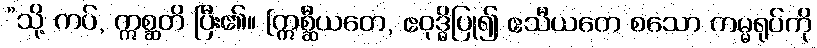
”သို့ ကပ်, ဣစ္ဆတိ ပြီး၏။ [ဣစ္ဆီယတေ, ဧဝုဒ္ဓိပြု၍ ဧသီယတေ စသော ကမ္မရုပ်ကို